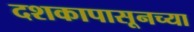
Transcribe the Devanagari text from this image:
दशकापासूनच्या